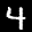
Label: 4